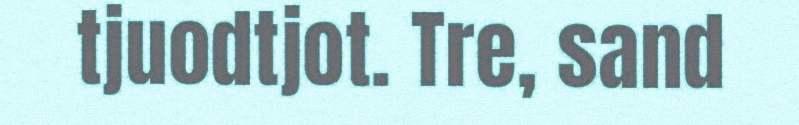
tjuodtjot. Tre, sand